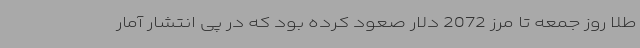
طلا روز جمعه تا مرز 2072 دلار صعود کرده بود که در پی انتشار آمار